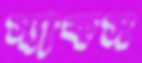
স্যাকস